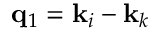
\mathbf { q } _ { 1 } = \mathbf { k } _ { i } - \mathbf { k } _ { k }